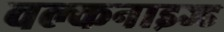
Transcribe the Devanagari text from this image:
वल्कनाइज्ड